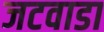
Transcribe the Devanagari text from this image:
जटवाडा